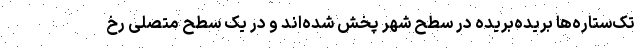
تک‌ستاره‌ها بریده‌بریده در سطح شهر پخش شده‌اند و در یک سطح متصلی رخ